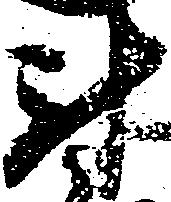
尉